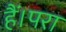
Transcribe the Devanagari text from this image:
हैं।परा